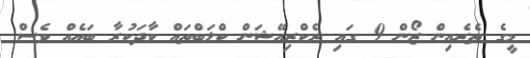
މީގެ ތެރެއިން ޒޯން 9 ގައި ރެކްރިއޭޝަން ކްލަބްތައް ވާދަކުރާ ބައެއް ވެސް